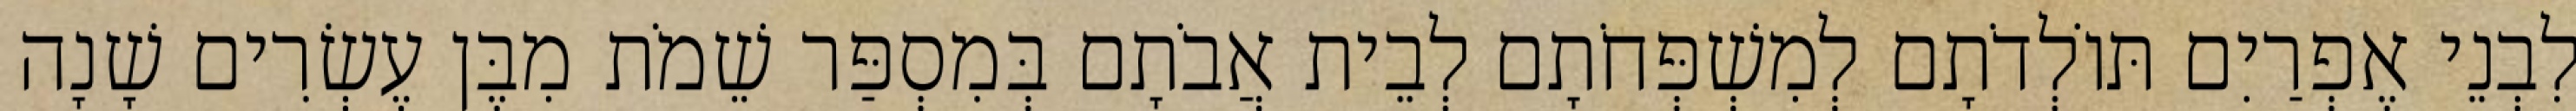
לִבְנֵי אֶפְרַיִם תּוֹלְדֹתָם לְמִשְׁפְּחֹתָם לְבֵית אֲבֹתָם בְּמִסְפַּר שֵׁמֹת מִבֶּן עֶשְׂרִים שָׁנָה